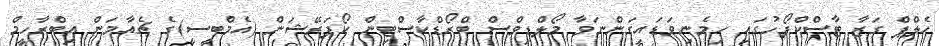
ހެލްޕް ގަޒާ ޓާސްކްފޯހުގައި ހިމެނިވަޑައިގަންނަވާ މޯލްޑިވްސް ބްރޯޑްކާސްޓިން ކޯޕަރޭޝަން (އެމްބީސީ)ގެ ޗެއާމަން އިބްރާހީމް